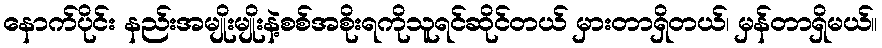
နောက်ပိုင်း နည်းအမျိုးမျိုးနဲ့စစ်အစိုးရကိုသူရင်ဆိုင်တယ် မှားတာရှိတယ်၊ မှန်တာရှိမယ်။